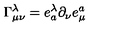
\Gamma _ { \mu \nu } ^ { \lambda } = e _ { a } ^ { \lambda } \partial _ { \nu } e _ { \mu } ^ { a }